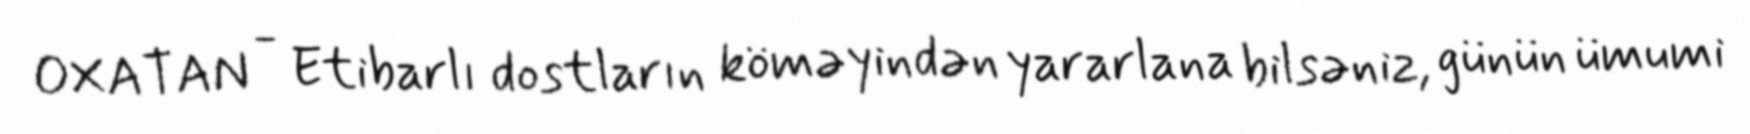
OXATAN - Etibarlı dostların köməyindən yararlana bilsəniz, günün ümumi